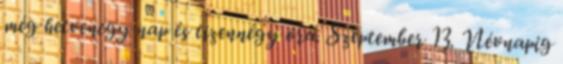
még hetvenegy nap és tizennégy óra. Szeptember 13. Névnapig